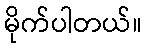
မိုက်ပါတယ်။